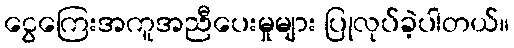
ငွေကြေးအကူအညီပေးမှုများ ပြုလုပ်ခဲ့ပါတယ်။